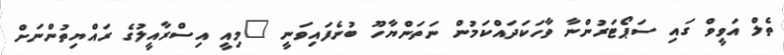
ތެލް އަވީވް ގައި ސަޕޯޓަރުންނާ ވާހަކަދައްކަމުން ނަތަންޔާހޫ ބުނެފައިވަނީ "މިއީ އިސްރާއީލުގެ ރައްޔިތުންނަށް